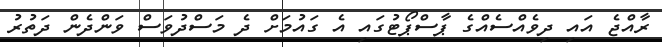
ރާއްޖެ އައި ދިވެއްސެއްގެ ޕާސްޕޯޓުގައި އެ ގައުމަށް ދެ މަސްދުވަސް ވަންދެން ދަތުރު